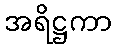
အရိဋ္ဌကာ